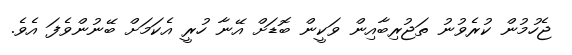
ޖެހުމުން ކުރެވުނު ތަޖުރިބާއިން ވަކީން ބޮޑަށް އޭނާ ހުރީ އެކަމަށް ބޭނުންވެފަ އެވެ.